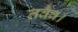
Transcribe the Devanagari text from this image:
तवैव।